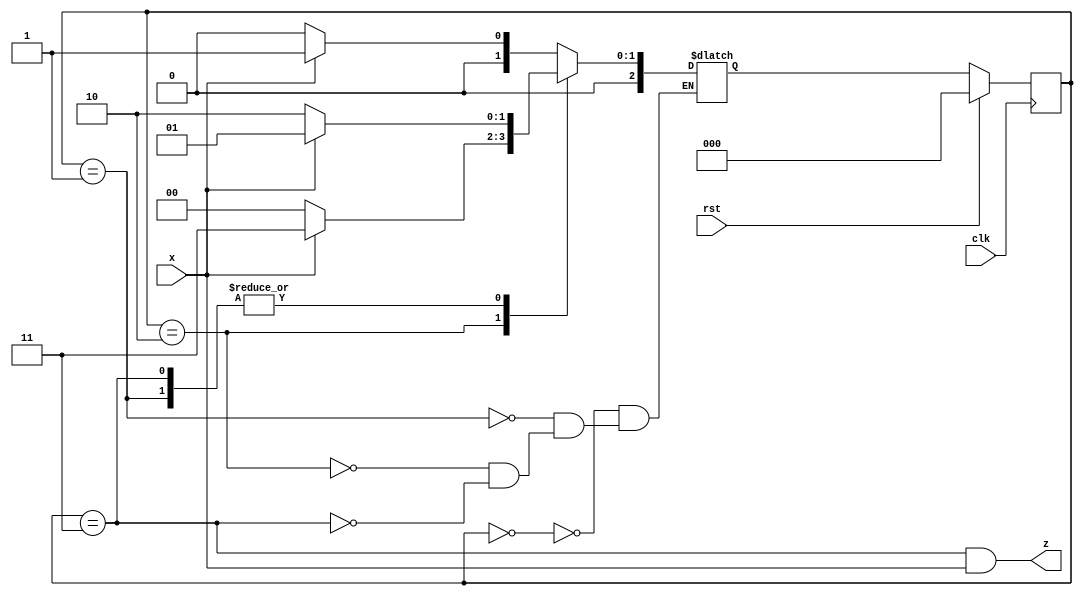
module Sequence1011(
    input clk,
    input rst,
    input x,
    output z

);


parameter A = 2'b00;
parameter B = 2'b01;
parameter C = 2'b10;
parameter D = 2'b11;



reg [2:0] STATE, NEXT;

always @(posedge clk)
	begin
		if(rst) STATE <= A;
		else STATE <= NEXT;
	end

//     WaitV : NEXT = (sv == 0 & zv == 0) ? WaitV : (sv == 0 & zv == 1) ? PaceV : ResetTimerA;

always@(*)
    begin
        case(STATE)
            A: NEXT = (x == 0) ? A : B;
            B: NEXT = (x == 0) ? C : B;
            C: NEXT = (x == 0) ? A : D;
            D: NEXT = (x == 0) ? C : B;
        endcase
    end

assign z = (STATE == D) && x;


endmodule


/*
`timescale 1ns / 1ps

module seq_TB;
    reg x,clk,rst;
    wire z;

    Sequence1011 uut(.clk(clk),.rst(rst),.z(z));

    initial begin
        clk = 0;
        rst = 1;
        x = 0;

        #100;
        rst = 1;
        #100;
        // 1011011
        #5;
        x = 0;
        #5;
        x = 1;
        #5;
        x = 0;
        #5;
        x = 1;
        #5;
        #5;
        x = 0;
        #5;
        x = 1;
        #10;

        

    end

    initial begin
        forever #3 clk = ~clk; 
    end

endmodule

*/